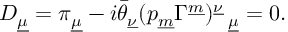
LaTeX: D _ { \underline { { \mu } } } = \pi _ { \underline { { \mu } } } - i \bar { \theta } _ { \underline { { { \nu } } } } ( p _ { \underline { { m } } } \Gamma ^ { \underline { { m } } } ) _ { ~ ~ \underline { { { \mu } } } } ^ { \underline { { { \nu } } } } = 0 .